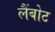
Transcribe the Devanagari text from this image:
लैंबोट